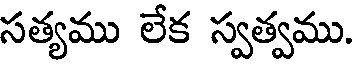
సత్యము లేక స్వత్వము.